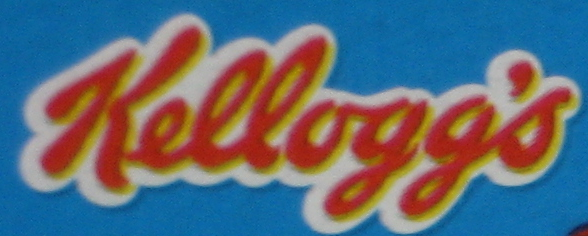
Kellogg's